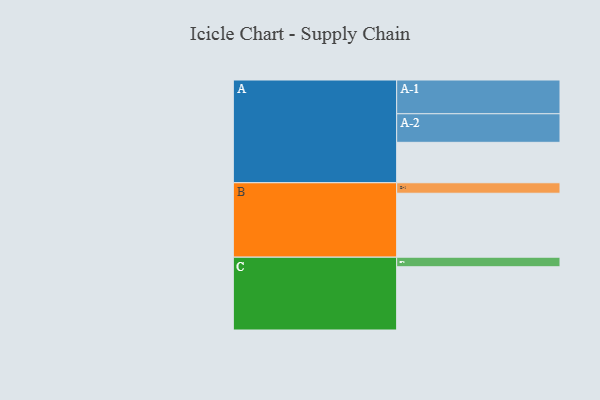
{"axis": {"x": "Segment", "y": "Value"}, "legend": ["", "A", "B", "C"], "data": [{"x": "A", "y": 351, "type": ""}, {"x": "B", "y": 555, "type": ""}, {"x": "C", "y": 549, "type": ""}, {"x": "A-1", "y": 293, "type": "A"}, {"x": "A-2", "y": 248, "type": "A"}, {"x": "B-1", "y": 91, "type": "B"}, {"x": "C-1", "y": 83, "type": "C"}]}